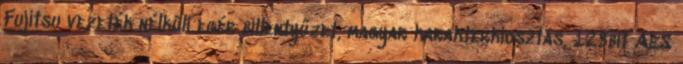
Fujitsu vezeték nélküli egér billentyűzet, magyar karakterkiosztás, 128bit AES